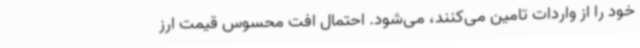
خود را از واردات تامین می‌کنند، می‌شود. احتمال افت محسوس قیمت ارز